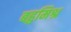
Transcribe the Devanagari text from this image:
बहुमिश्र